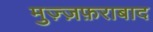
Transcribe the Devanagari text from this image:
मुज़्ज़फ़राबाद